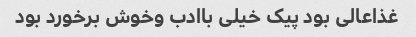
غذاعالی بود پیک خیلی باادب وخوش برخورد بود